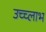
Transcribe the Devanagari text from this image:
उच्च्लाभ